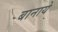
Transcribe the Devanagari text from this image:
बानाये